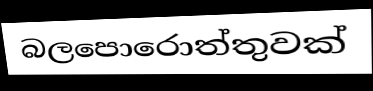
බලපොරොත්තුවක්